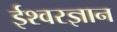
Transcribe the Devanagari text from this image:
ईश्वरज्ञान